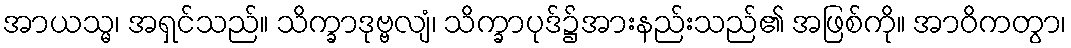
အာယသ္မ၊ အရှင်သည်။ သိက္ခာဒုဗ္ဗလျံ၊ သိက္ခာပုဒ်၌အားနည်းသည်၏ အဖြစ်ကို။ အာဝိကတွာ၊